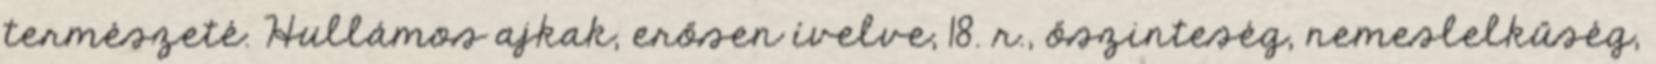
természeté. Hullámos ajkak, erősen ívelve, 18. r., őszinteség, nemeslelkűség,